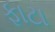
ફાટા